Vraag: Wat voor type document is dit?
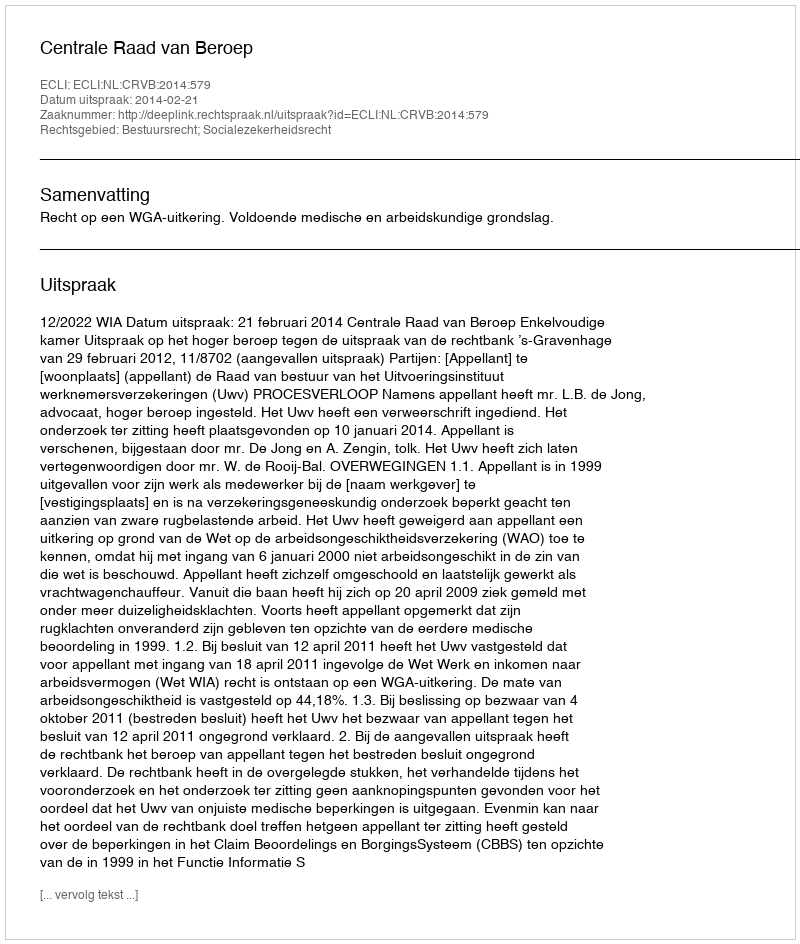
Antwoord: Uitspraak